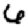
Digit: 6